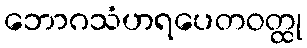
ဘောဂသံဟရပေတဝတ္ထု